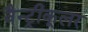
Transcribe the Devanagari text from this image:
वैन्ट्रीकूलर